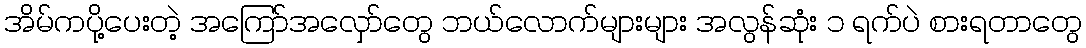
အိမ်ကပို့ပေးတဲ့ အကြော်အလှော်တွေ ဘယ်လောက်များများ အလွန်ဆုံး ၁ ရက်ပဲ စားရတာတွေ